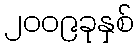
၂၀၀၉ခုနှစ်